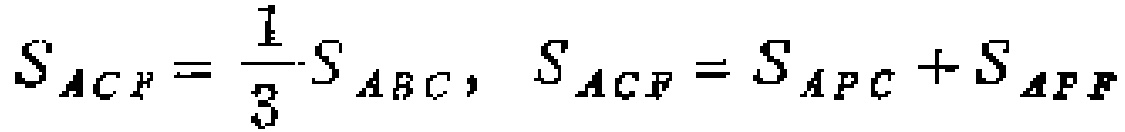
$S_{ACF}=\frac{1}{3}S_{ABC}, S_{ACF}=S_{APC}+S_{APF}$